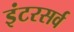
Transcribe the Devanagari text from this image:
इंटरसर्व